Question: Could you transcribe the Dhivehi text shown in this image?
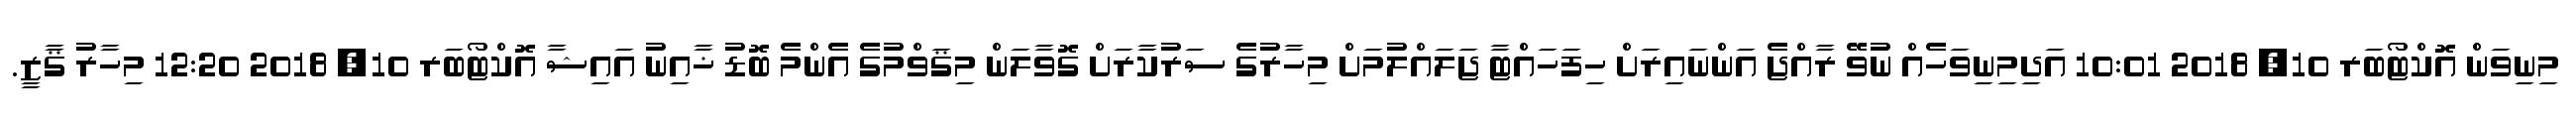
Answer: މިނިވަން އޮކްޓޯބަރ 10, 2018 10:01 އަދިމިނިވަހެއް ނުވޭ ރާއްޖެ އަންނައިރަށް ހިފަހައްޓާ ޖަލައްލުމަށް މިހާރުގެ ސަރުކާރަށް ގޮވާލަން މިޤަވްމުގެ އެންމެ ބޮޑު ޚާއިނު އައިޝާ އޮކްޓޯބަރ 10, 2018 12:20 މިހާރު ޤާޒީ.